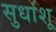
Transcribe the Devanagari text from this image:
सुधांशू